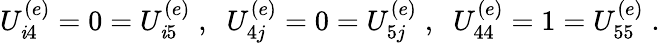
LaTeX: U_{\mathit{i}4}^{(e)}=0=U_{\mathit{i}5}^{(e)}\; ,\; \; U_{4j}^{(e)}=0=U_{5j}^{(e)}\; ,\; \; U_{44}^{(e)}=1=U_{55}^{(e)}\; .